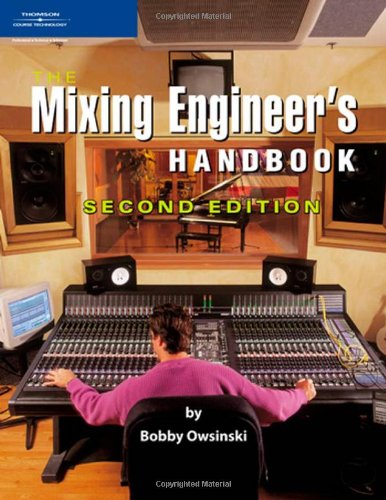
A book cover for The Mixing Engineer's Handbook, Second Edition; Bobby Owsinski; Computers & Technology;